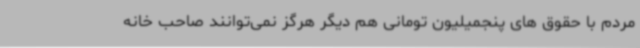
مردم با حقوق های پنجمیلیون تومانی هم دیگر هرگز نمی‌توانند صاحب خانه